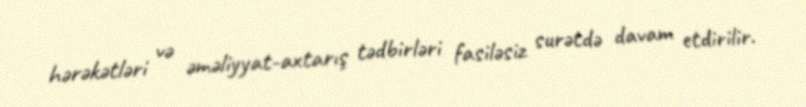
hərəkətləri və əməliyyat-axtarış tədbirləri fasiləsiz surətdə davam etdirilir.